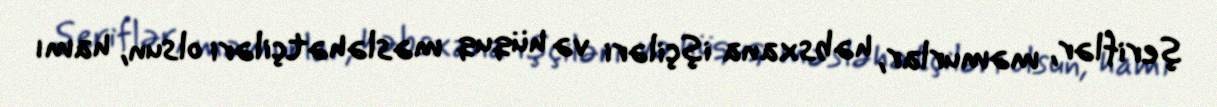
şeriflər, məmurlar, həbsxana işçiləri və hüquq məsləhətçiləri olsun, hamı